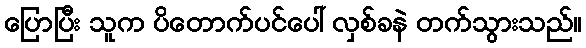
ပြောပြီး သူက ပိတောက်ပင်ပေါ် လှစ်ခနဲ တက်သွားသည်။